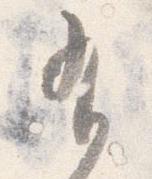
有